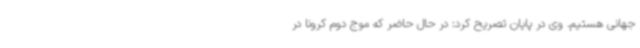
جهانی هستیم. وی در پایان تصریح کرد: در حال حاضر که موج دوم کرونا در